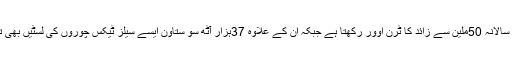
سیلز ٹیکس چوری میں ملوث ان 1632یونٹس میں سے ہر ایک سالانہ 50ملین سے زائد کا ٹرن اوور رکھتا ہے جبکہ ان کے علاوہ 37ہزار آٹھ سو ستاون ایسے سیلز ٹیکس چوروں کی لسٹیں بھی تیار کی گئی ہیں جن کا سالانہ ٹرن اوور پچاس ملین سے کم ہے۔